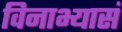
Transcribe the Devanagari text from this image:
विनाभ्यासं